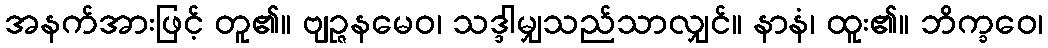
အနက်အားဖြင့် တူ၏။ ဗျဉ္ဇနမေဝ၊ သဒ္ဒါမျှသည်သာလျှင်။ နာနံ၊ ထူး၏။ ဘိက္ခဝေ၊